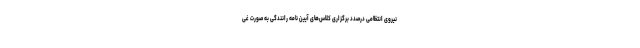
نیروی انتظامی درصدد برگزاری کلاس‌های آیین نامه رانندگی به صورت غی